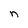
Character: n